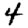
Digit: 4